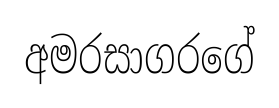
අමරසාගරගේ